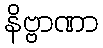
နိဗ္ဗာဏာ